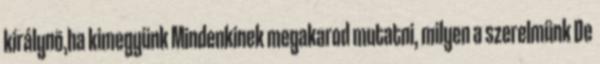
királynõ,ha kimegyünk Mindenkinek megakarod mutatni, milyen a szerelmünk De